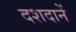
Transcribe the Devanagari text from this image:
दशदानें